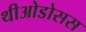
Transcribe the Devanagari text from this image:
थीओडोसस